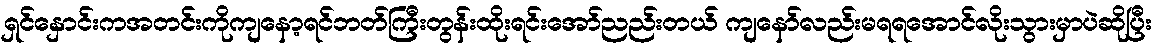
ရှင်နှောင်းကအတင်းကိုကျနော့ရင်ဘတ်ကြီးတွန်းထိုးရင်းအော်ညည်းတယ် ကျနော်လည်းမရရအောင်လိုးသွားမှာပဲဆိုပြီး